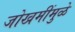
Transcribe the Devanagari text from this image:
जोखमींमुळे